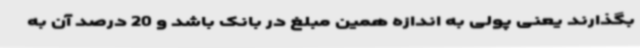
بگذارند یعنی پولی به اندازه همین مبلغ در بانک باشد و 20 درصد آن به